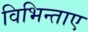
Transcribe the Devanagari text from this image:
विभिन्ताए